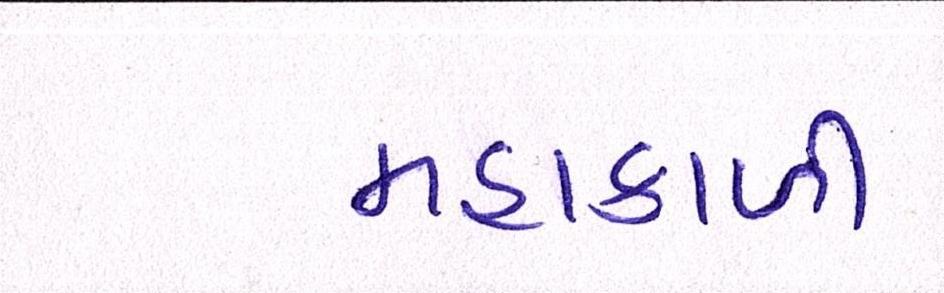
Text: મહાકાળી